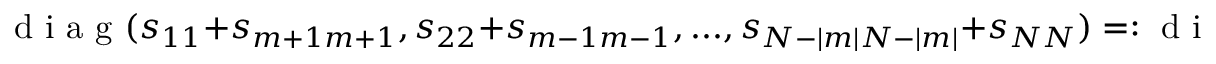
\mathrm { ~ d ~ i ~ a ~ g ~ } ( s _ { 1 1 } + s _ { m + 1 m + 1 } , s _ { 2 2 } + s _ { m - 1 m - 1 } , . . . , s _ { N - | m | N - | m | } + s _ { N N } ) = : \mathrm { ~ d ~ i ~ a ~ g ~ } ( \Tilde { S } ^ { m } )